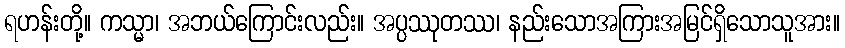
ရဟန်းတို့။ ကသ္မာ၊ အဘယ်ကြောင်းလည်း။ အပ္ပဿုတဿ၊ နည်းသောအကြားအမြင်ရှိသောသူအား။